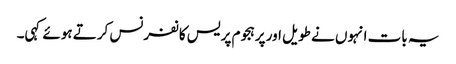
یہ بات انہوں نے طویل اور پرہجوم پریس کانفرنس کرتے ہوئے کہی۔